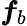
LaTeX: \boldsymbol{f}_{b}